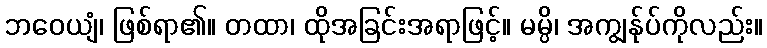
ဘဝေယျံ၊ ဖြစ်ရာ၏။ တထာ၊ ထိုအခြင်းအရာဖြင့်။ မမ္ပိ၊ အကျွန်ုပ်ကိုလည်း။